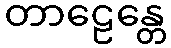
တာဠေန္တေ